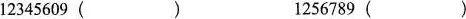
12345609( ) 1256789()